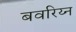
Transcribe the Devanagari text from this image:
बवरिय्न